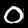
Label: 0